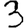
Digit: 3